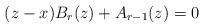
LaTeX: \begin{align*} (z-x) B_r(z) + A_{r-1}(z) = 0 \end{align*}